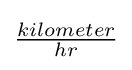
{\tfrac {kilometer}{hr}}